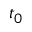
t _ { 0 }